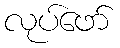
လုပ်ဖော်